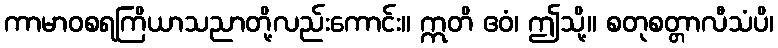
ကာမာဝစရကြိယာသညာတို့လည်းကောင်း။ ဣတိ ဧဝံ၊ ဤသို့။ စတုစတ္တာလီသံပိ၊